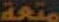
متعة